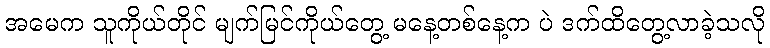
အမေက သူကိုယ်တိုင် မျက်မြင်ကိုယ်တွေ့ မနေ့တစ်နေ့က ပဲ ဒက်ထိတွေ့လာခဲ့သလို